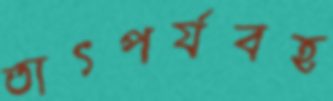
তাৎপর্যবহ